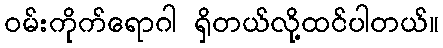
ဝမ်းကိုက်ရောဂါ ရှိတယ်လို့ထင်ပါတယ်။